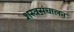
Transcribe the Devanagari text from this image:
शस्त्रसंचालन